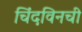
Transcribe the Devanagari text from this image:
चिंदविनची